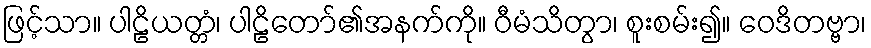
ဖြင့်သာ။ ပါဠိယတ္တံ၊ ပါဠိတော်၏အနက်ကို။ ဝီမံသိတွာ၊ စူးစမ်း၍။ ဝေဒိတဗ္ဗာ၊